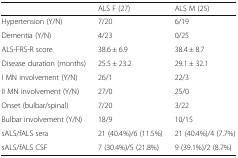
<table><thead><tr><td></td><td><b>ALS F (27)</b></td><td><b>ALS M (25)</b></td></tr></thead><tbody><tr><td>Hypertension (Y/N)</td><td>7/20</td><td>6/19</td></tr><tr><td>Dementia (Y/N)</td><td>4/23</td><td>0/25</td></tr><tr><td>ALS-FRS-R score</td><td>38.6 ± 6.9</td><td>38.4 ± 8.7</td></tr><tr><td>Disease duration (months)</td><td>25.5 ± 23.2</td><td>29.1 ± 32.1</td></tr><tr><td>I MN involvement (Y/N)</td><td>26/1</td><td>22/3</td></tr><tr><td>II MN involvement (Y/N)</td><td>27/0</td><td>25/0</td></tr><tr><td>Onset (bulbar/spinal)</td><td>7/20</td><td>3/22</td></tr><tr><td>Bulbar involvement (Y/N)</td><td>18/9</td><td>10/15</td></tr><tr><td>sALS/fALS sera</td><td>21 (40.4%)/6 (11.5%)</td><td>21 (40.4%)/4 (7.7%)</td></tr><tr><td>sALS/fALS CSF</td><td>7 (30.4%)/5 (21.8%)</td><td>9 (39.1%)/2 (8.7%)</td></tr></tbody></table>